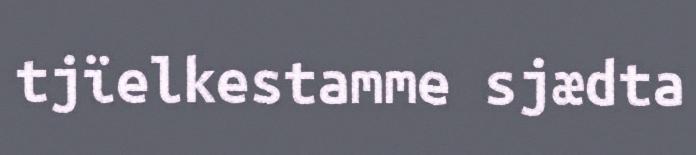
tjïelkestamme sjædta